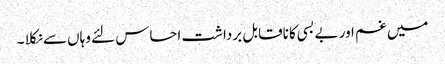
میں غم اور بے بسی کا ناقابل برداشت احساس لئے وہاں سے نکلا ۔